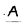
Character: A